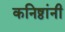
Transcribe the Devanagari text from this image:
कनिष्ठांनी